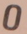
0